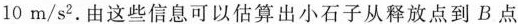
1 0 m / s^{2}$$.由这些信息可以估算出小石子从释放点到B点